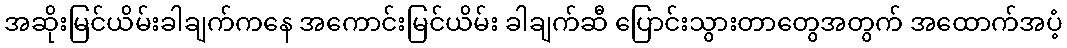
အဆိုးမြင်ယိမ်းခါချက်ကနေ အကောင်းမြင်ယိမ်း ခါချက်ဆီ ပြောင်းသွားတာတွေအတွက် အထောက်အပံ့